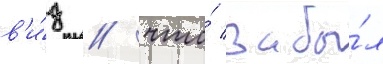
в'и́д / что́ забы́л